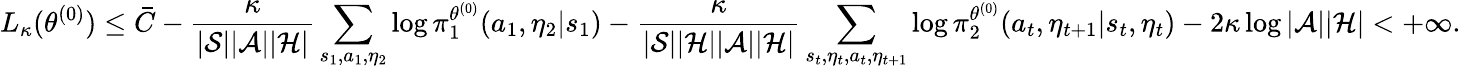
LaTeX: L_{\kappa}(\theta^{(0)})\le\bar{C}-\frac{\kappa}{|\mathcal{S}||\mathcal{A}||\mathcal{H}|}\sum_{s_{1},a_{1},\eta_{2}}\log\pi_{1}^{\theta^{(0)}}(a_{1},\eta_{2}|s_{1})-\frac{\kappa}{|\mathcal{S}||\mathcal{H}||\mathcal{A}||\mathcal{H}|}\sum_{s_{t},\eta_{t},a_{t},\eta_{t+1}}\log\pi_{2}^{\theta^{(0)}}(a_{t},\eta_{t+1}|s_{t},\eta_{t})-2\kappa\log|\mathcal{A}||\mathcal{H}|<+\infty.